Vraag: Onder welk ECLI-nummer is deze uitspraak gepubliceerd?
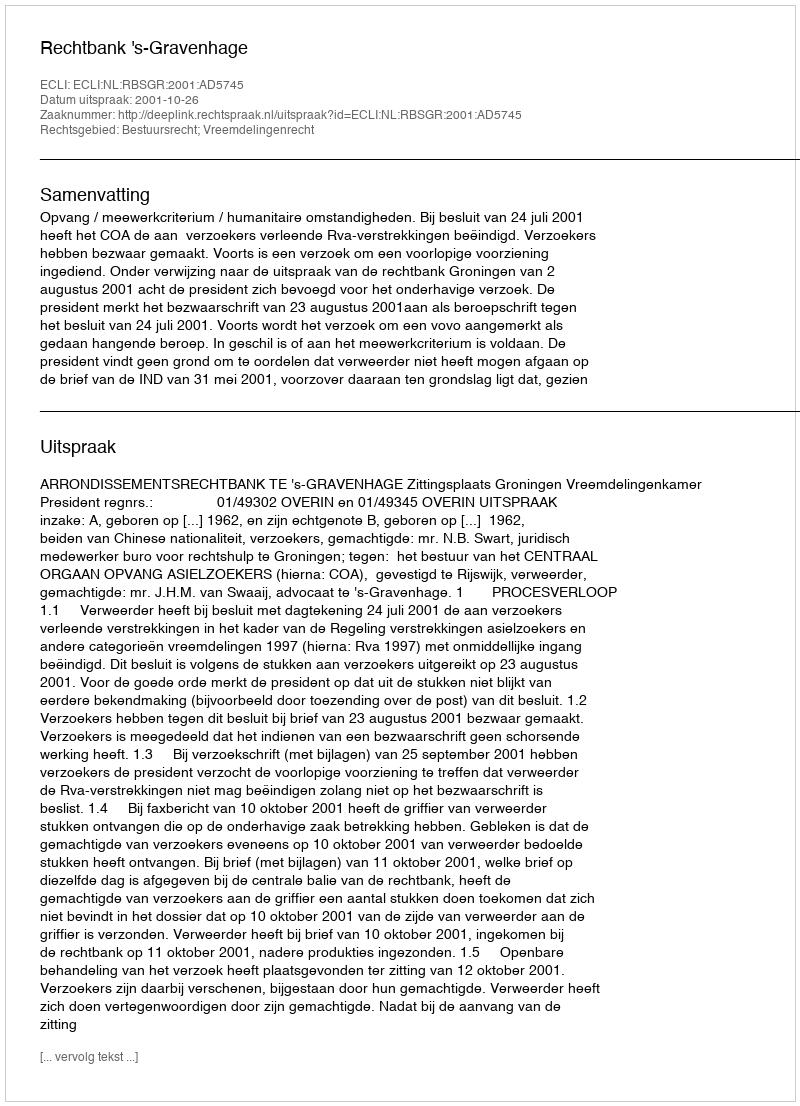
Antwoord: ECLI:NL:RBSGR:2001:AD5745